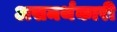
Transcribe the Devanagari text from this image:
असमर्थकारी